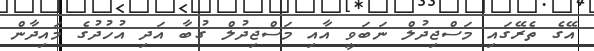
އޭގެ ތެރޭގައި މަސްޖިދުލް ނަބަވީ އާއި މަސްޖިދުލް ގުބާ އަދި އުހުދުގެ މައިދާން